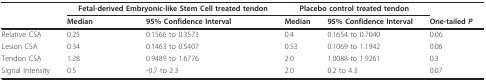
<table><thead><tr><td></td><td colspan="2"><b>Fetal-derived Embryonic-like Stem Cell treated tendon</b></td><td colspan="2"><b>Placebo control treated tendon</b></td><td></td></tr><tr><td></td><td><b>Median</b></td><td><b>95% Confidence Interval</b></td><td><b>Median</b></td><td><b>95% Confidence Interval</b></td><td><b>One-tailed <i>P</i></b></td></tr></thead><tbody><tr><td>Relative CSA</td><td>0.25</td><td>0.1566 to 0.3573</td><td>0.4</td><td>0.1654 to 0.7040</td><td>0.06</td></tr><tr><td>Lesion CSA</td><td>0.34</td><td>0.1463 to 0.5407</td><td>0.53</td><td>0.1069 to 1.1942</td><td>0.06</td></tr><tr><td>Tendon CSA</td><td>1.28</td><td>0.9489 to 1.6776</td><td>2.0</td><td>1.0088 to 1.9261</td><td>0.3</td></tr><tr><td>Signal Intensity</td><td>0.5</td><td>-0.7 to 2.3</td><td>2.0</td><td>0.2 to 4.3</td><td>0.07</td></tr></tbody></table>